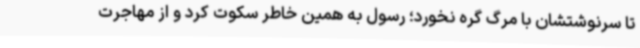
تا سرنوشتشان با مرگ گره نخورد؛ رسول به همین خاطر سکوت کرد و از مهاجرت